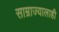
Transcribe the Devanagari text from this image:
साम्राज्यालाही